Source: Handwritten
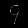
Digit: ၄ (4)